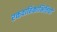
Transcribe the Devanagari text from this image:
रक्तवाहिकाभित्तियों